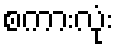
စကားလုံး